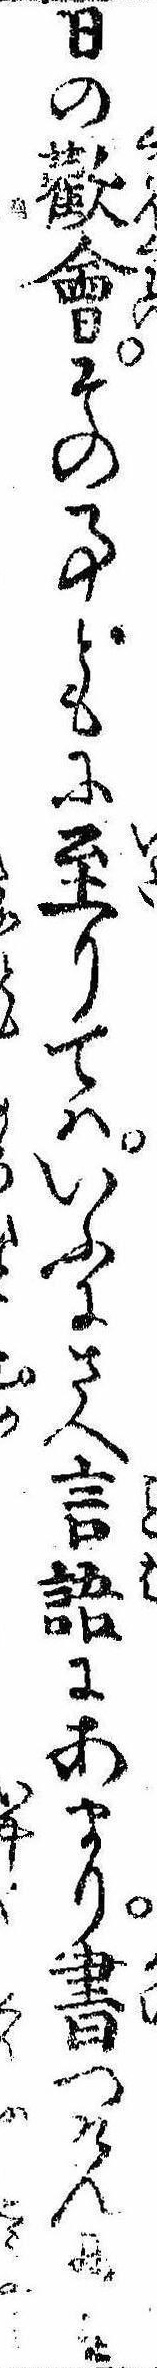
日の歓会その事どもに至りてはいふにさへ言語にあまり書つけんには